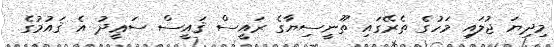
މިދިޔަ ޖުލައި މަހުގެ ތެރޭގައި ތޫނީސިޔާގެ ރައީސް ޤައީސް ސަޢީދު އެ ޤައުމުގެ